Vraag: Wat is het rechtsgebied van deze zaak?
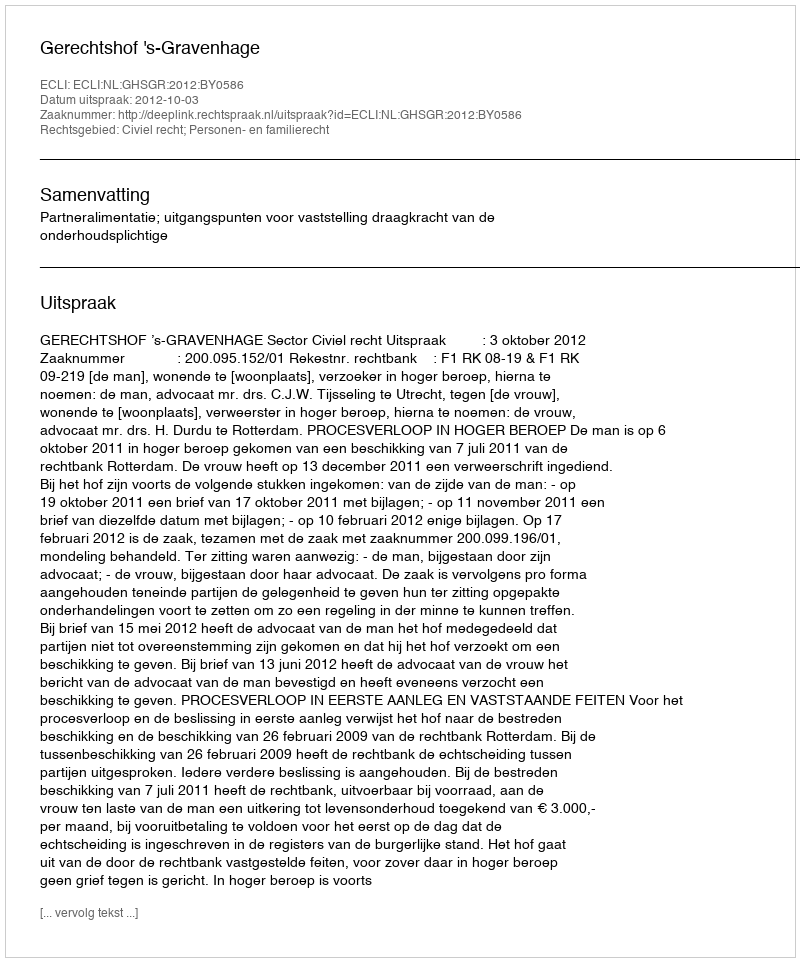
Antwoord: Civiel recht; Personen- en familierecht